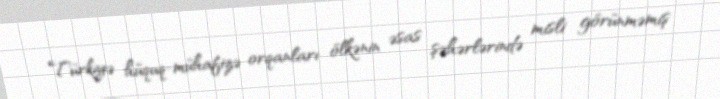
Türkiyə hüquq-mühafizə orqanları ölkənin əsas şəhərlərində misli görünməmiş